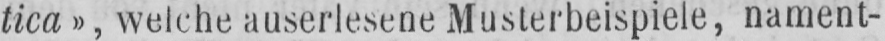
tica», welche auserlesene Musterbeispiele, nament-